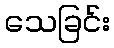
သေခြင်း